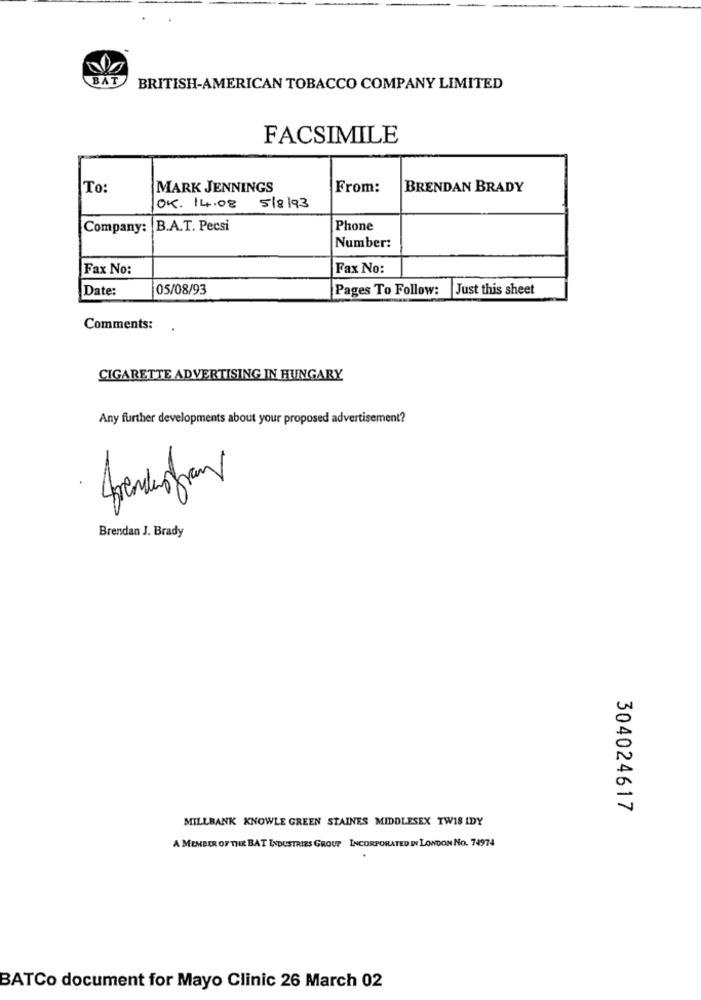
BAT
BRITISH-AMERICAN TOBACCO COMPANY LIMITED
FACSIMILE
To:
MARK JENNINGS
From:
BRENDAN BRADY
OK. 14.08
5/8/93
Company: B.A.T. Pecsi
Phone
Number:
Fax No:
Fax No:
Date:
05/08/93
Pages To Follow:
Just this sheet
Comments:
CIGARETTE ADVERTISING IN HUNGARY
Any further developments about your proposed advertisement?
1
Brendan J. Brady
5
A
304024617
MILLBANK KNOWLE GREEN STAINES MIDDLESEX TWIS IDY
A MEMBER OF THE BAT INDUSTRIES GROUP INCORPORATED IN LONDON NO. 74974
BATCo document for Mayo Clinic 26 March 02